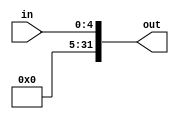
`timescale 1ns / 1ps
////////////////////////////////////////////////////////////////////////////////
// Last Edits: Nirmal Kumbhare, Ali Akoglu
// 
// Module - ZeroExtension.v
// Description - Zero extension module.   
//create the 32-bit "out" output by making out[4:0] equal to "in" and make other bits (bits 6 to 31) to 0
////////////////////////////////////////////////////////////////////////////////
module ZeroExtension(in, out);

    /* A 5-Bit input word */
    input [4:0] in;
    
    /* A 32-Bit output word */
    output reg [31:0] out;   //using always @
    
    parameter ZEROES = 27'd0;
    
    always @(in) begin
        out <= {ZEROES, in};
    end

endmodule